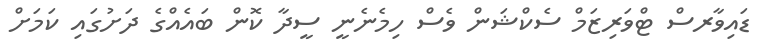
ޑައިވާރސް ޓްވަރިޒަމް ސެކްޝަން ވެސް ހިމެނެނީ ސީދާ ކޮން ބައެއްގެ ދަށުގައި ކަމަށް